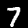
Digit: 7